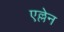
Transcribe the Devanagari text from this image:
एल्लेन